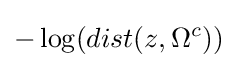
-\log(dist(z,\Omega ^{c}))